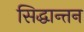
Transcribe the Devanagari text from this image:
सिद्धान्तन